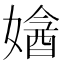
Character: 㜝